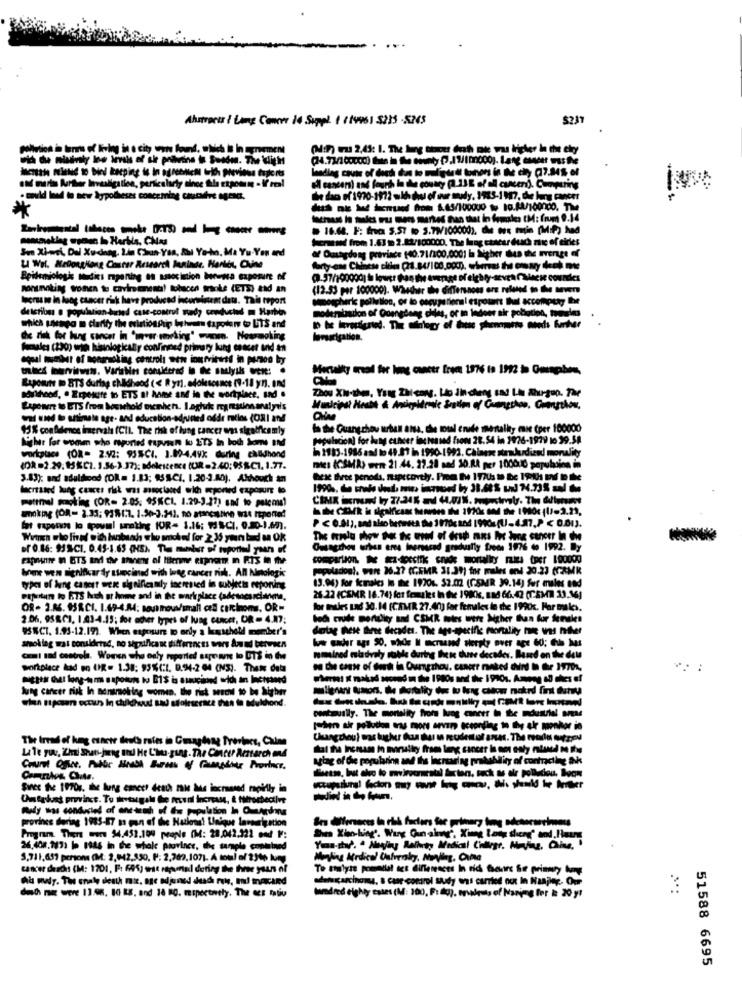
Abuscar / Lime Comer 14 Suppl. 1 / 1995) 5225 -5263
(NIF) Fu 2,45: 1. The ling tihacer drah nie wus tricher In the cky
el cancers) and fourth la he coutry (2.13 E of all cancer). Comparing
would lead to new hypotheses concerning caucafre ageng.
de dao of 1970-1972 milh hu of our sudy, 1983-1917, the lung cancer
lachus to males Fus mers merkes han that in females (M: (rum 9.14
16.68. F: fra $.57 to S.79/100000), die oex matin (Mit) hed
Screwed from 1.63 2.82/100000. The lung ctacar duch nic of cities
Sun Xi-wei, Dal Xudinng, Lin Chun Yan, &hl Ya-ho, Ma Yu-Yon and
af Oushgdong province (40.71/100.0001 la Sigher
Beideniologi Modis mpaning as socinion borna exposure of
porunoting women to caviramnesta! tobscen trinke (ETS) and an
(12.53 per 100000). Whether the differs-ness ere
lagras se in lung cancer risk have produced incorsistrat dats. This report
de Ictioss . population-dated case-control medy conducted m Harhos
modernisation of Quengdang chies, or an indoor air pollution, moules
which uwaga m clarity the eciationflip beheren tapolene to UTS and
Woakes (39) win histologically confirmed primary lung cancer and an
oqual number of moorasking controls wow iourvitats in person by
Mensalky mal for lung cancer from 1976 is 1972 à Omaphes,
LupoBut to BTS durtag childhood ( < Ryn1. adolescence (9-18 y/). In4
Zhou Xi-the, Yang Zalemeg. Lo din cheng sad I.h ähur-goo. The
soithood, . Exposure to ETS at home and in the workplace, and .
Lupewere to ETS from bouichold menich. I.aghrk ranadonandiyeis
was used to ultimate age- and education-adjuned odds ratios (ORI IN!
15% confidence imervala (Cli. The risk of lung cancer was stretficamly
la the Guangzhou urban ana, che moul crude mentality mue per 100000
higher For women who reported tapvan lo ET5 In both bons and
pulacion) for lung cancer increased from 28.54 in 1926-1979 to 29.58
in 1983-1986 and to 41.81 in 1990-1992. Chinese stewardiend morality
workplace (02- 2.92: 93%CI. 1.89-4.49k during chadhond
(DR =2.29. 95%CI. 3.56-3.37): adolescence (UR -2.40: $$SC1. 1.77.
mes ICSMA) wen 21.44. 29.28 nad 30.RA per 100000 population in
3.83); and aduldood (DR= 1.83; 95SCI. 1.20-2.80). Athough an
lacramed lung cancer risk was smoclosed with uporwed exposure to
mettrel smoking (OR= 2.05. 95KCI. 1.29-3.37) und to psicome!
or 0.16: SUS-CI. 0.45-1.65 (NE). The mundur of tuportal year of
Ouangzhou urban area inersarad gradually freds 1976 do 1992. Dy
bree wen significar dy sluncined with bag cancer risk. All Nmologie
populados !. were 36.27 (CEMR 31.31) for males and 20.23 (FAMK
13.04) for kmalcs in the 19204. 52.012 (CSMR 39.14) Sur males and
type of ling canest wek signifieamily increased in subjects esporting
Paputan to FTS Ich at home and in the workplace (adesoesrcianens,
26.22 (CSMR 16.74) fot females in the 19Kk, 124 66,42 (TEM 13.16]
OR- 3.66. 95RCI. 1.49-4.M4: sount trovi/small cell carcinoma, OR=
for mules Lad 30.14 (CAMR 27.40) far females le the 199ck. For miles,
2.06, 95RCI, 1.43-4.13; for acier types of lung cancer, OR- 4.37;
be& cwde portdky and CSMR moles were Mgher Bn for keeskes
9SECI, 1.93-12.19). When exposure to orly a kusuheld member's
datag hheit bre decades. The age-specific mortality hoe was hither
soklag was considered, no significant differences wers An ud between
com: and controla. Women who only reported espeans to UTS in tu
remained mladvaly mobile during these duse decades. Based on the deu
workplace kud so UR= 1.38; 95%(I. D.94-2 64 (M3). Thete data
wheat it makad second on the 1 980s and the 1990s. Ampeg &0 ches of
lung cancer risk In nonsmoking women, the risk snow to be higher
continually. The mortality from lung cancer in the idustrial sma
johan air pollution was mors arven according to the air monhor ia
The trad of king csnetr deuth rates in Gangdang Treviers, Calme
Since the 1970r. the lung cancer death zais Mus increased rapidly in
Untyhat province. To thevtugalı de revwill Increase, & filtrosbective
province dering 1985-87 m pan of the National Unique larsurigation
Program There were 54.452.100 people (M: 28.042.322 end IF:
26,408,7471 |> 1946 in the whale province, the sample contained
3,711,657 persona (M: 2,042,350, F: 2,769,107). A total of 23tp kury
tancer deacht (M: 1701, F: 69%) est rapnal dering the three yauns of
To analyze powellal act differences In rich Ghours Se primary buy
detcarcinonus, a caar comrol sudy was carried out In Nanjing. Our
desde mi were 13.98. 10 18. and 18 BO. mipectnily. The ME mativ
Iumdred eighty estes (M: 100, F:du), makeuts of Narimog for #: 20 y!
51588 6695